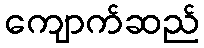
ကျောက်ဆည်